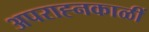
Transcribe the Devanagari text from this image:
अपराह्नकाळीं